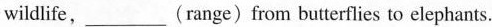
wildlife, ___ (range) from butterflies to elephants.